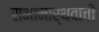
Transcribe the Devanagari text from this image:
सभानार्थवाची